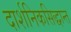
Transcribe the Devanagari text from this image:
दार्शनिकसिद्धान्त